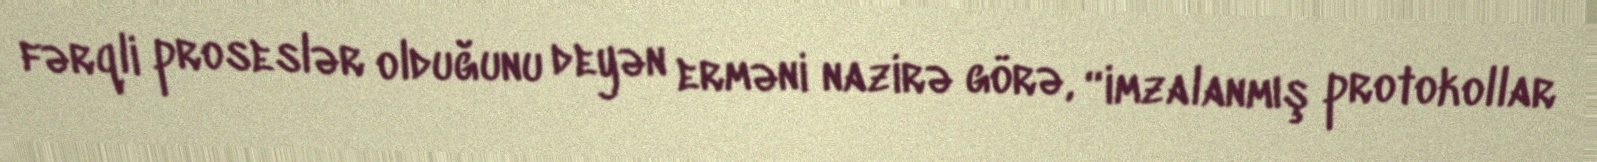
fərqli proseslər olduğunu deyən erməni nazirə görə, “imzalanmış protokollar